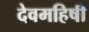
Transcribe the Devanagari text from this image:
देवमहिषी